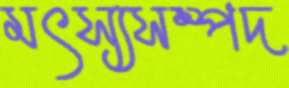
মৎস্যসম্পদ